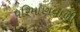
પરિમાણવાળી